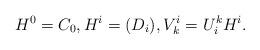
LaTeX: \begin{align*}H^0=C_0, H^i=(D_i), V_k^i = U^{k}_iH^i.\end{align*}